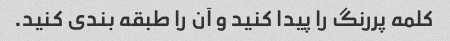
کلمه پررنگ را پیدا کنید و آن را طبقه بندی کنید.